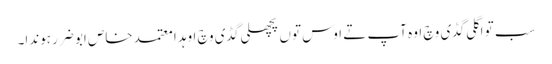
سب تو اگلی گڈی وچ اوہ آپ تے اوس توں پچھلی گڈی وچ اوہد ا معتمد خاص ابو ضرر ہوندا۔